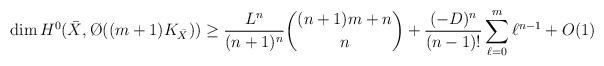
LaTeX: \begin{align*}\dim H^0(\bar X,\O((m+1)K_{\bar X}))&\geq\frac{L^n}{(n+1)^n}\binom{(n+1)m+n}{n}+\frac{(-D)^n}{(n-1)!}\sum_{\ell=0}^{m}\ell^{n-1} +O(1)\end{align*}